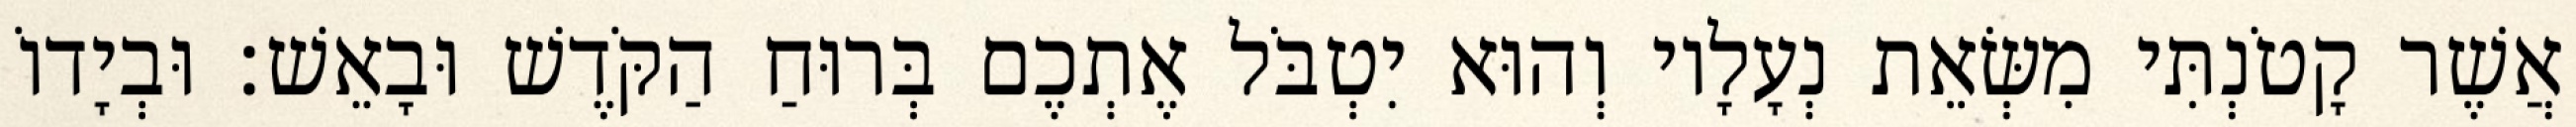
אֲשֶׁר קָטֹנְתִּי מִשְּׂאֵת נְעָלָיו וְהוּא יִטְבֹּל אֶתְכֶם בְּרוּחַ הַקֹּדֶשׁ וּבָאֵשׁ׃ וּבְיָדוֹ